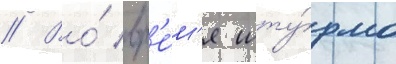
// Во́ вр'е́м'я шту́рма